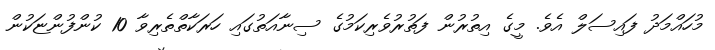
މުހައްމަދު ފައިސަލް އެވެ. މީގެ އިތުރުން ފަތުރުވެރިކަމުގެ ސިނާއަތުގައި ހަރަކާތްތެރިވާ 10 ކުންފުންޏަކުން